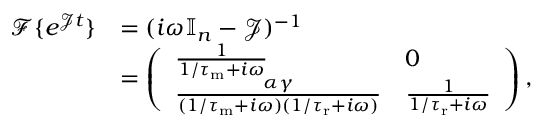
\begin{array} { r l } { \mathcal { F } \{ e ^ { \mathcal { J } t } \} } & { = ( i \omega \mathbb { I } _ { n } - \mathcal J ) ^ { - 1 } } \\ & { = \left( \begin{array} { l l } { \frac { 1 } { 1 / { \tau _ { \mathrm { m } } } + i \omega } } & { 0 } \\ { \frac { \alpha \gamma } { ( 1 / { \tau _ { \mathrm { m } } } + i \omega ) ( 1 / { \tau _ { \mathrm { r } } } + i \omega ) } } & { \frac { 1 } { 1 / { \tau _ { \mathrm { r } } } + i \omega } } \end{array} \right) , } \end{array}